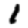
Digit: 1